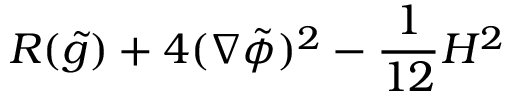
R ( \tilde { g } ) + 4 ( \nabla \tilde { \phi } ) ^ { 2 } - { \frac { 1 } { 1 2 } } H ^ { 2 }